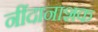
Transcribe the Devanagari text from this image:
नींदानाशक